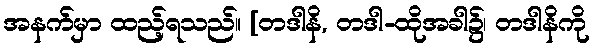
အနက်မှာ ထည့်ရသည်။ [တဒါနိ, တဒါ-ထိုအခါ၌၊ တဒါနိကို